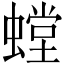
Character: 螳